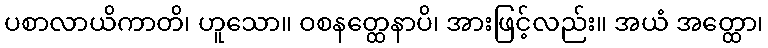
ပစာလာယိကာတိ၊ ဟူသော။ ဝစနတ္ထေနာပိ၊ အားဖြင့်လည်း။ အယံ အတ္ထော၊